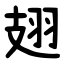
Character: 翅